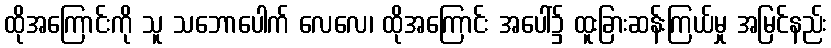
ထိုအကြောင်းကို သူ သဘောပေါက် လေလေ၊ ထိုအကြောင်း အပေါ်၌ ထူးခြားဆန်းကြယ်မှု အမြင်နည်း